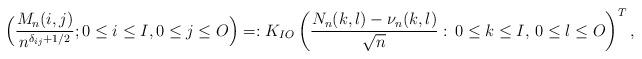
LaTeX: \begin{align*}\Bigl( \frac{M_n(i,j)}{n^{\delta_{ij}+1/2}}; 0\leq i\leq I,0\leq j\leq O\Bigr)&=: K_{IO}\left(\frac{N_n(k,l)-\nu_n(k,l)}{\sqrt{n}}:\, 0\le k\le I,\, 0\le l\le O\right)^T,\end{align*}